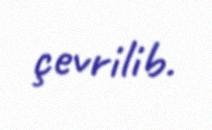
çevrilib.